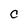
Character: C